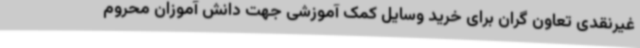
غیرنقدی تعاون گران برای خرید وسایل کمک آموزشی جهت دانش آموزان محروم